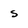
Character: s